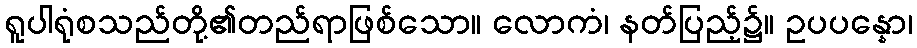
ရူပါရုံစသည်တို့၏တည်ရာဖြစ်သော။ လောကံ၊ နတ်ပြည့်၌။ ဥပပန္နော၊